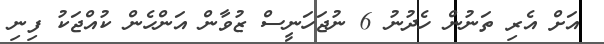
އަށް އެރި ތަނުން ހެދުނު 6 ނުޖަހަނީސް ޒުވާން އަންހެން ކުއްޖަކު ފިނި